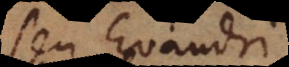
seu Evandri,